Civil Veterinary Department. Madras. Admin. report 1910-25 - 1910-1925
Year: 1910
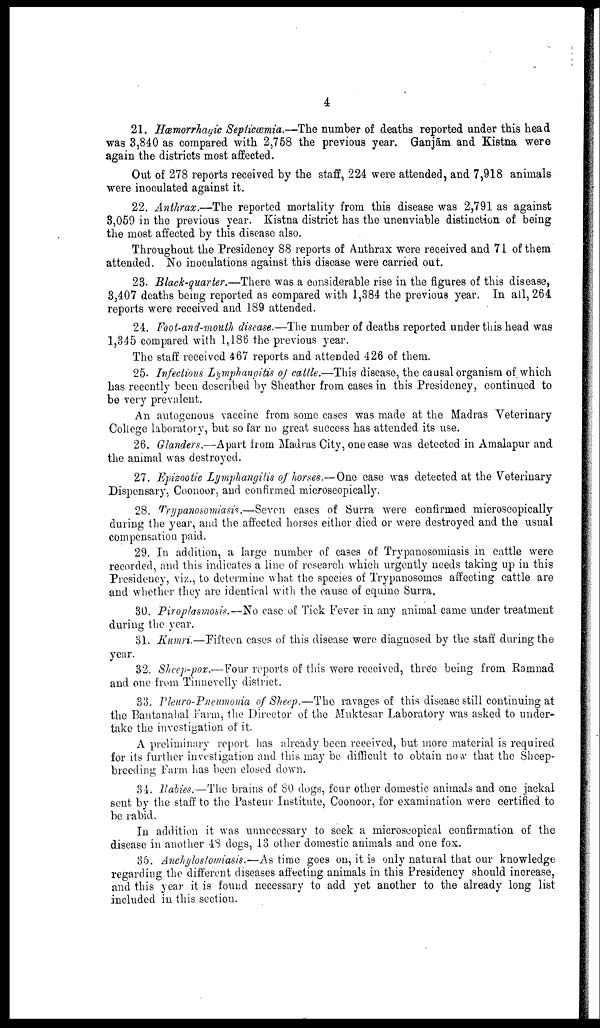
4
21. Hæmorrhagic Septicæmia.—The number of deaths reported under this head
was 3,840 as compared with 2,758 the previous year. Ganjām and Kistna were
again the districts most affected.
Out of 278 reports received by the staff, 224 were attended, and 7,918 animals
were inoculated against it.
22. Anthrax.—The reported mortality from this disease was 2,791 as against
8,059 in the previous year. Kistna district has the unenviable distinction of being
the most affected by this disease also.
Throughout the Presidency 88 reports of Anthrax were received and 71 of them
attended. No inoculations against this disease were carried out.
23. Black-quarter.—There was a considerable rise in the figures of this disease,
3,407 deaths being reported as compared with 1,384 the previous year. In all, 264
reports were received and 189 attended.
24. Foot-and-mouth disease.—The number of deaths reported under this head was
1,345 compared with 1,186 the previous year.
The staff received 467 reports and attended 426 of them.
25. Infectious Lymphangitis of cattle.—This disease, the causal organism of which
has recently been described by Sheather from cases in this Presidency, continued to
be very prevalent.
An autogenous vaccine from some cases was made at the Madras Veterinary
College laboratory, but so far no great success has attended its use.
26. Glanders.—Apart from Madras City, one case was detected in Amalapur and
the animal was destroyed.
27. Epizootic Lymphangitis of horses.—One case was detected at the Veterinary
Dispensary, Coonoor, and confirmed microscopically.
28. Trypanosomiasis.—Sevon cases of Surra were confirmed microscopically
during the year, and the affected horses either died or were destroyed and the usual
compensation paid.
29. In addition, a large number of cases of Trypanosomiasis in cattle were
recorded, and this indicates a line of research which urgently needs taking up in this
Presidency, viz., to determine what the species of Trypanosomes affecting cattle are
and whether they are identical with the cause of equine Surra.
30. Piroplasmosis.—No case of Tick Fever in any animal came under treatment
during the year.
31. Kumri.—Fifteen cases of this disease were diagnosed by the staff during the
year.
32. Sheep-pox.—Four reports of this were received, three being from Ramnad
and one from Tinnevelly district.
33. Pleuro-Pneumonia of Sheep.—The ravages of this disease still continuing at
the Bantanahal Farm, the Director of the Muktesar Laboratory was asked to under
take the investigation of it.
A preliminary report has already been received, but more material is required
for its further investigation and this may be difficult to obtain now that the Sheep-
breeding Farm has been closed down.
34. Rabies.—The brains of SO dogs, four other domestic animals and one jackal
sent by the staff to the Pasteur Institute, Coonoor, for examination were certified to
be rabid.
In addition it was unnecessary to seek a microscopical confirmation of the
disease in another 48 dogs, 13 other domestic animals and one fox.
35. Anchylostomiasis.—As time goes on, it is only natural that our knowledge
regarding the different diseases affecting animals in this Presidency should increase,
and this year it is found necessary to add yet another to the already long list
included in this section.